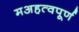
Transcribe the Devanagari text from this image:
मअहत्वपूर्ण